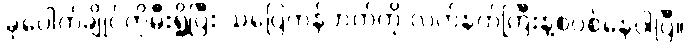
ခုပေါက်ချိုင်ကိုမီးရှို့ပြီး သပြေကန်ဘက်ကို လက်နက်ကြီးနဲ့စပစ်နေပါပြီ။